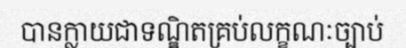
បានក្លាយជាទណ្ឌិតគ្រប់លក្ខណៈច្បាប់